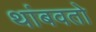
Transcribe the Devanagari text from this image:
थांबवतो